Annual report of the Punjab Veterinary College and of the Civil Veterinary Department, Punjab - 1926-1932
Year: 1926
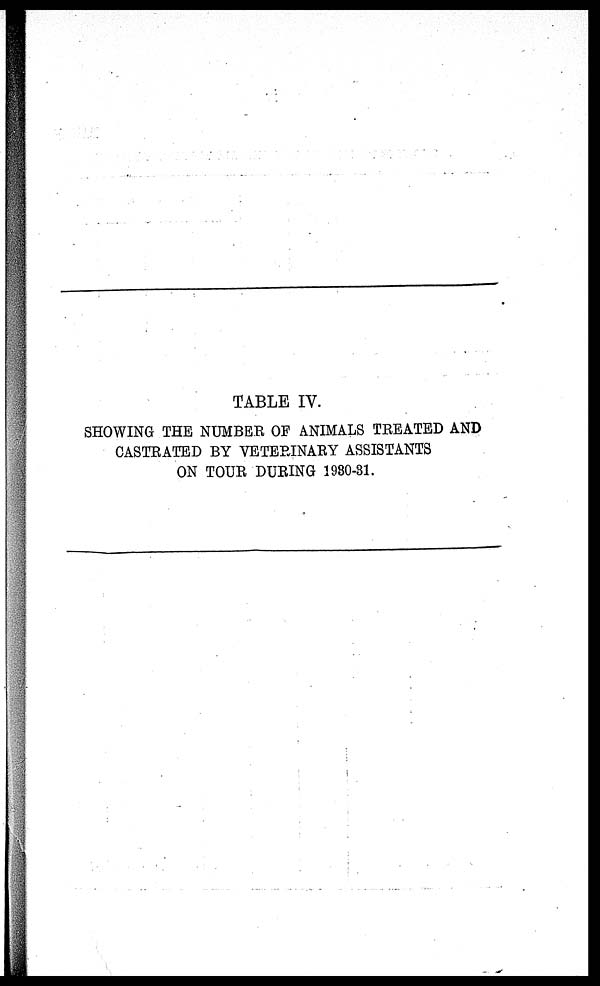
TABLE IV.
SHOWING THE NUMBER OF ANIMALS TREATED AND
CASTRATED BY VETERINARY ASSISTANTS
ON TOUR DURING 1980-31.